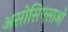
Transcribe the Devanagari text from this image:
असोसिएसाओ